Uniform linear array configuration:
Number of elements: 24
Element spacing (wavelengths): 0.5
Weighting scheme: cosine
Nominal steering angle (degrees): -60
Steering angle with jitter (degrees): -59.051
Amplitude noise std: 0.05
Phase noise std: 0.05

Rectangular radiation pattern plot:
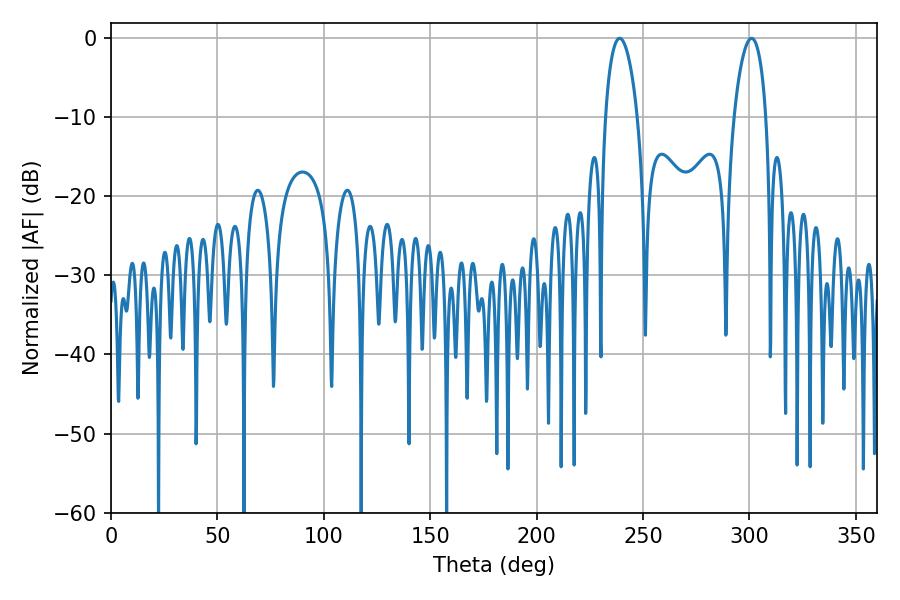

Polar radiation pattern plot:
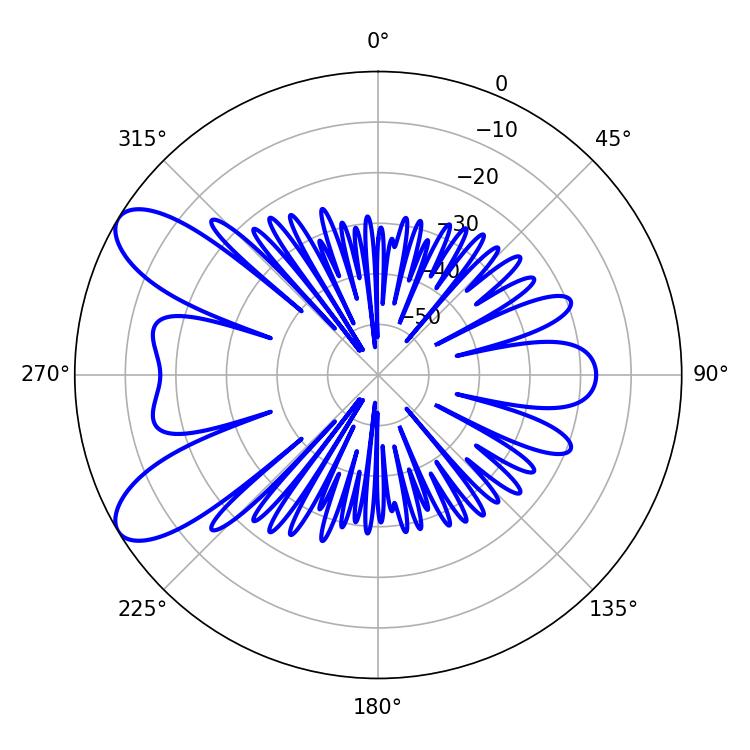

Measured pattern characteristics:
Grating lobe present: FALSE
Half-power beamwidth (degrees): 8.46
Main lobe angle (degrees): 239.04